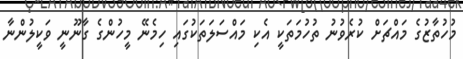
މުހުތާޒުގެ މައްޗަށް ކުރެވުނު ތުހުމަތަކީ އެކި މައްސަލަތަކުގައި ހިމެނޭ މީހުންގެ ގާނޫނީ ވަކީލުންނާ